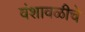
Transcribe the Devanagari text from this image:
वंशावळीचे